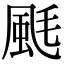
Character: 䫽